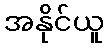
အနိုင်ယူ